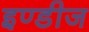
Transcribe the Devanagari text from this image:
इण्डीज